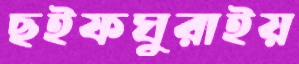
ছইফঘুরাইয়